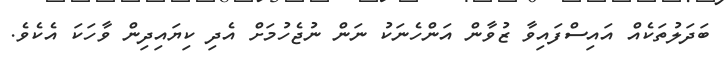
ބަދަލުތަކެއް އައިސްފައިވާ ޒުވާން އަންހެނަކު ނަން ނުޖެހުމަށް އެދި ކިޔައިދިން ވާހަކަ އެކެވެ.